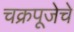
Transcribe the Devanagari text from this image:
चक्रपूजेचे